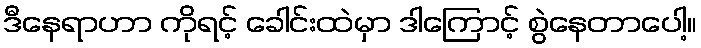
ဒီနေရာဟာ ကိုရင့် ခေါင်းထဲမှာ ဒါကြောင့် စွဲနေတာပေါ့။